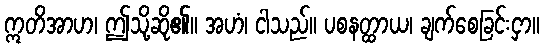
ဣတိအာဟ၊ ဤသို့ဆို၏။ အဟံ၊ ငါသည်။ ပစနတ္ထာယ၊ ချက်စေခြင်းငှာ။